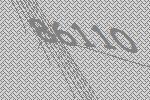
86110